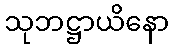
သုဘဋ္ဌာယိနော